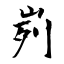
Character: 峛